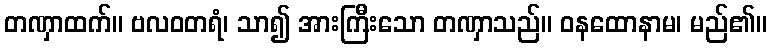
တဏှာထက်။ ဗလဝတရံ၊ သာ၍ အားကြီးသော တဏှာသည်။ ဝနထောနာမ၊ မည်၏။